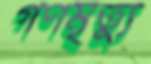
গণমৃত্যু